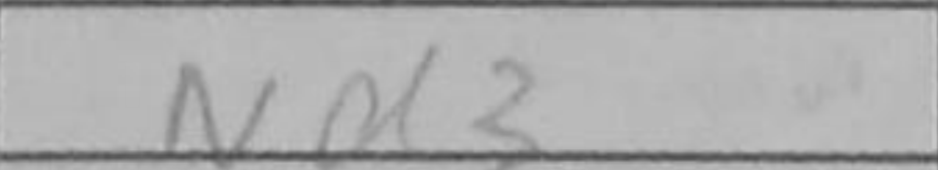
Transcription: Nd3